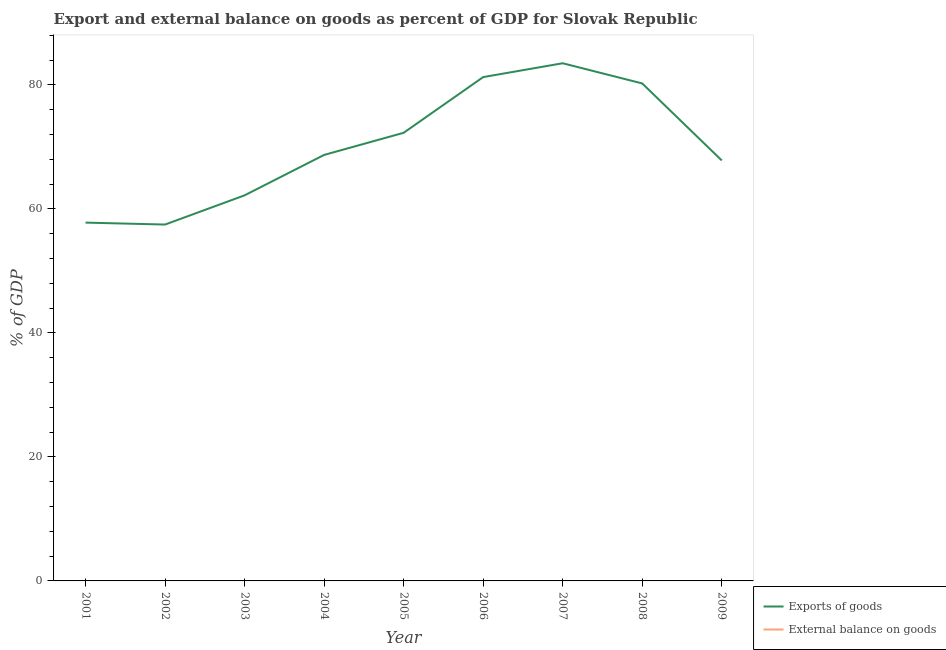
| Year | Exports of goods | External balance on goods |
 | --- | --- | --- |
 | 2001 | 57.8 | -8.03 |
 | 2002 | 57.5 | -7.23 |
 | 2003 | 62.2 | -1.9 |
 | 2004 | 68.7 | -2.74 |
 | 2005 | 72.3 | -4.6 |
 | 2006 | 81.3 | -3.99 |
 | 2007 | 83.5 | -1.12 |
 | 2008 | 80.2 | -2.84 |
 | 2009 | 67.8 | -1.49 |